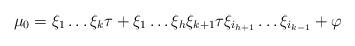
LaTeX: \begin{align*}\mu_0=\xi_1\dots\xi_k\tau+\xi_1\dots\xi_{h}\xi_{k+1}\tau\xi_{i_{h+1}}\dots\xi_{i_{k-1}}+\varphi\end{align*}